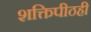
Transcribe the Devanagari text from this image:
शक्तिपीठही